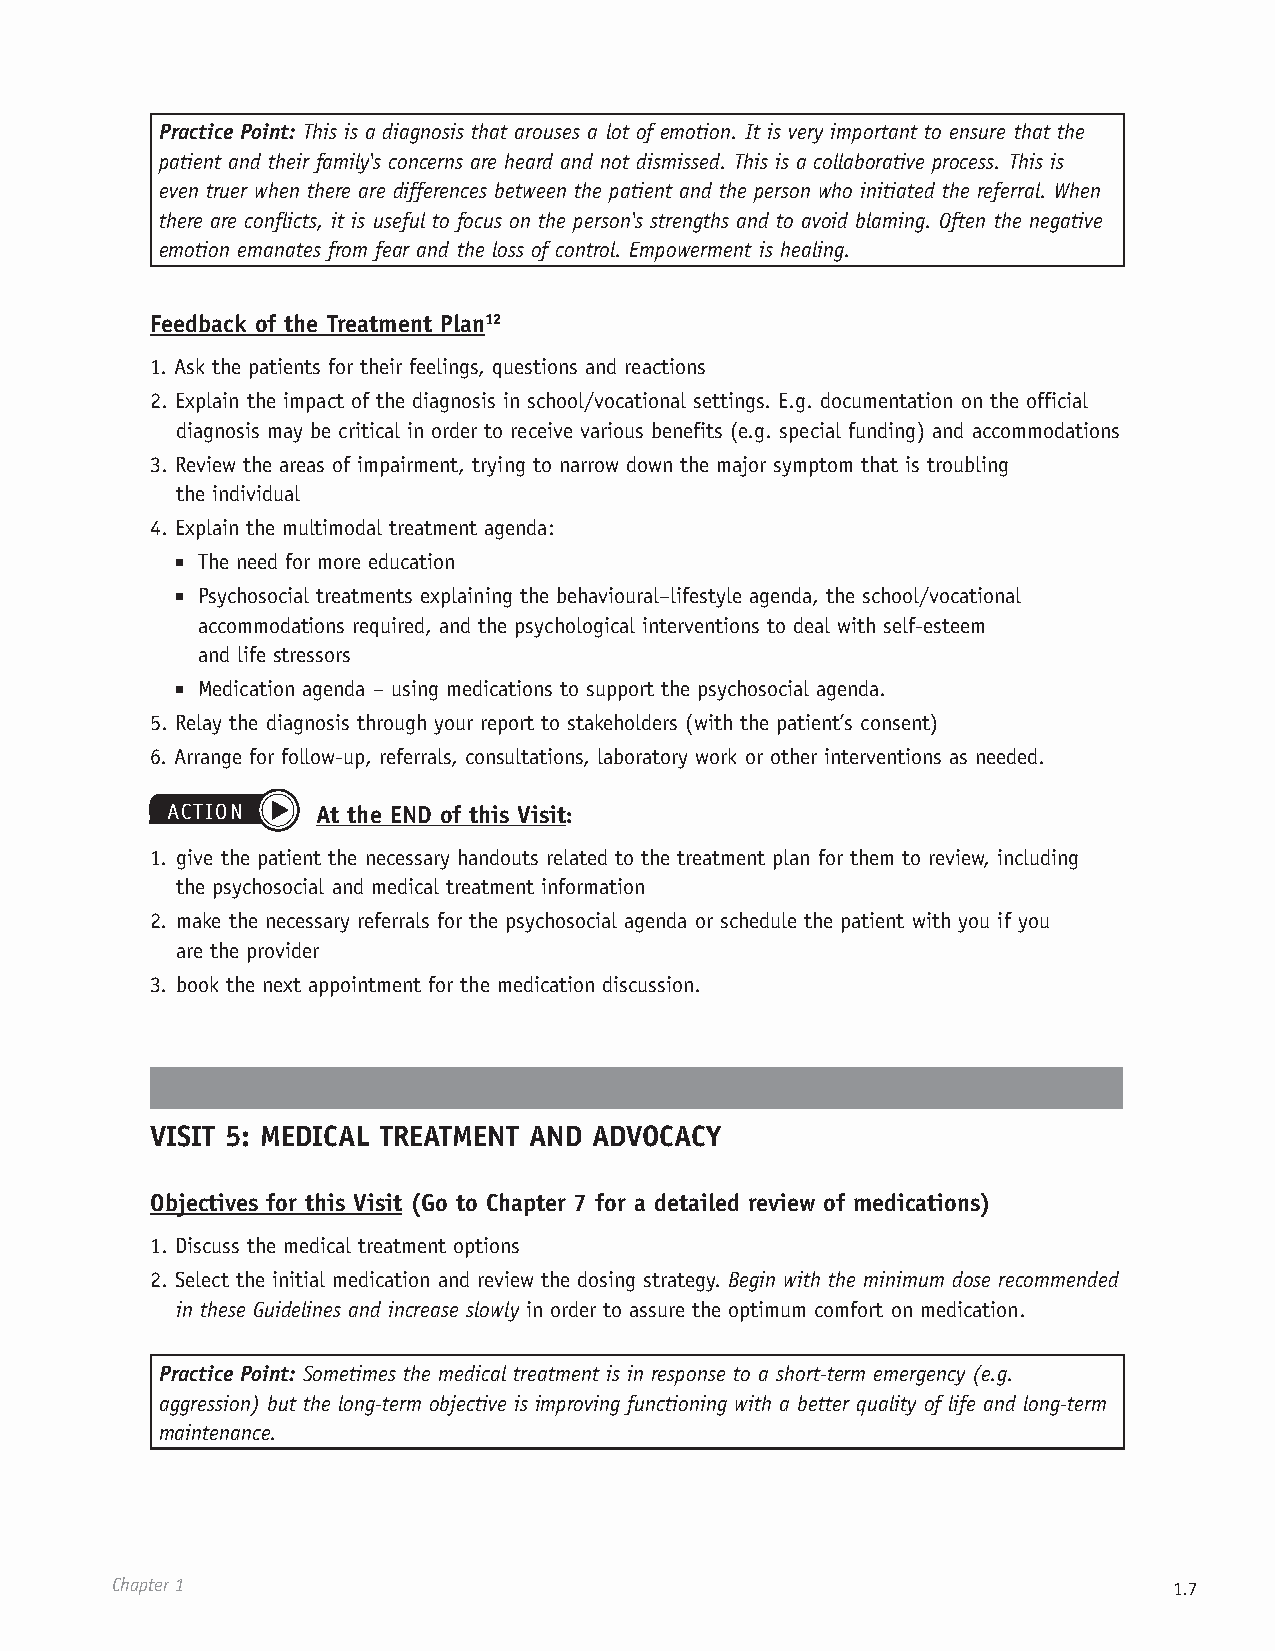
Practice Point: This is a diagnosis that arouses a lot of emotion. It is very important to ensure that the
 patient and their family's concerns are heard and not dismissed. This is a collaborative process. This is
 even truer when there are differences between the patient and the person who initiated the referral. When
 there are conflicts, it is useful to focus on the person's strengths and to avoid blaming. Often the negative
 emotion emanates from fear and the loss of control. Empowerment is healing.
 Feedback of the Treatment Plan12
 1. Ask the patients for their feelings, questions and reactions
 2. Explain the impact of the diagnosis in school/vocational settings. E.g. documentation on the official
 diagnosis may be critical in order to receive various benefits (e.g. special funding) and accommodations
 3. Review the areas of impairment, trying to narrow down the major symptom that is troubling
 the individual
 4. Explain the multimodal treatment agenda:
 ■ The need for more education
 ■ Psychosocial treatments explaining the behavioural–lifestyle agenda, the school/vocational
 accommodations required, and the psychological interventions to deal with self-esteem
 and life stressors
 ■ Medication agenda – using medications to support the psychosocial agenda.
 5. Relay the diagnosis through your report to stakeholders (with the patient’s consent)
 6. Arrange for follow-up, referrals, consultations, laboratory work or other interventions as needed.
 ACTION    At the END of this Visit:
 1. give the patient the necessary handouts related to the treatment plan for them to review, including
 the psychosocial and medical treatment information
 2. make the necessary referrals for the psychosocial agenda or schedule the patient with you if you
 are the provider
 3. book the next appointment for the medication discussion.
 VISIT 5: MEDICAL TREATMENT AND ADVOCACY
 Objectives for this Visit (Go to Chapter 7 for a detailed review of medications)
 1. Discuss the medical treatment options
 2. Select the initial medication and review the dosing strategy. Begin with the minimum dose recommended
 in these Guidelines and increase slowly in order to assure the optimum comfort on medication.
 Practice Point: Sometimes the medical treatment is in response to a short-term emergency (e.g.
 aggression) but the long-term objective is improving functioning with a better quality of life and long-term
 maintenance.
 Chapter 1                                                              1.7